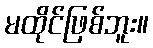
မထိုင်ဖြစ်ဘူး။